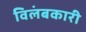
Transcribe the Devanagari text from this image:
विलंबकारी